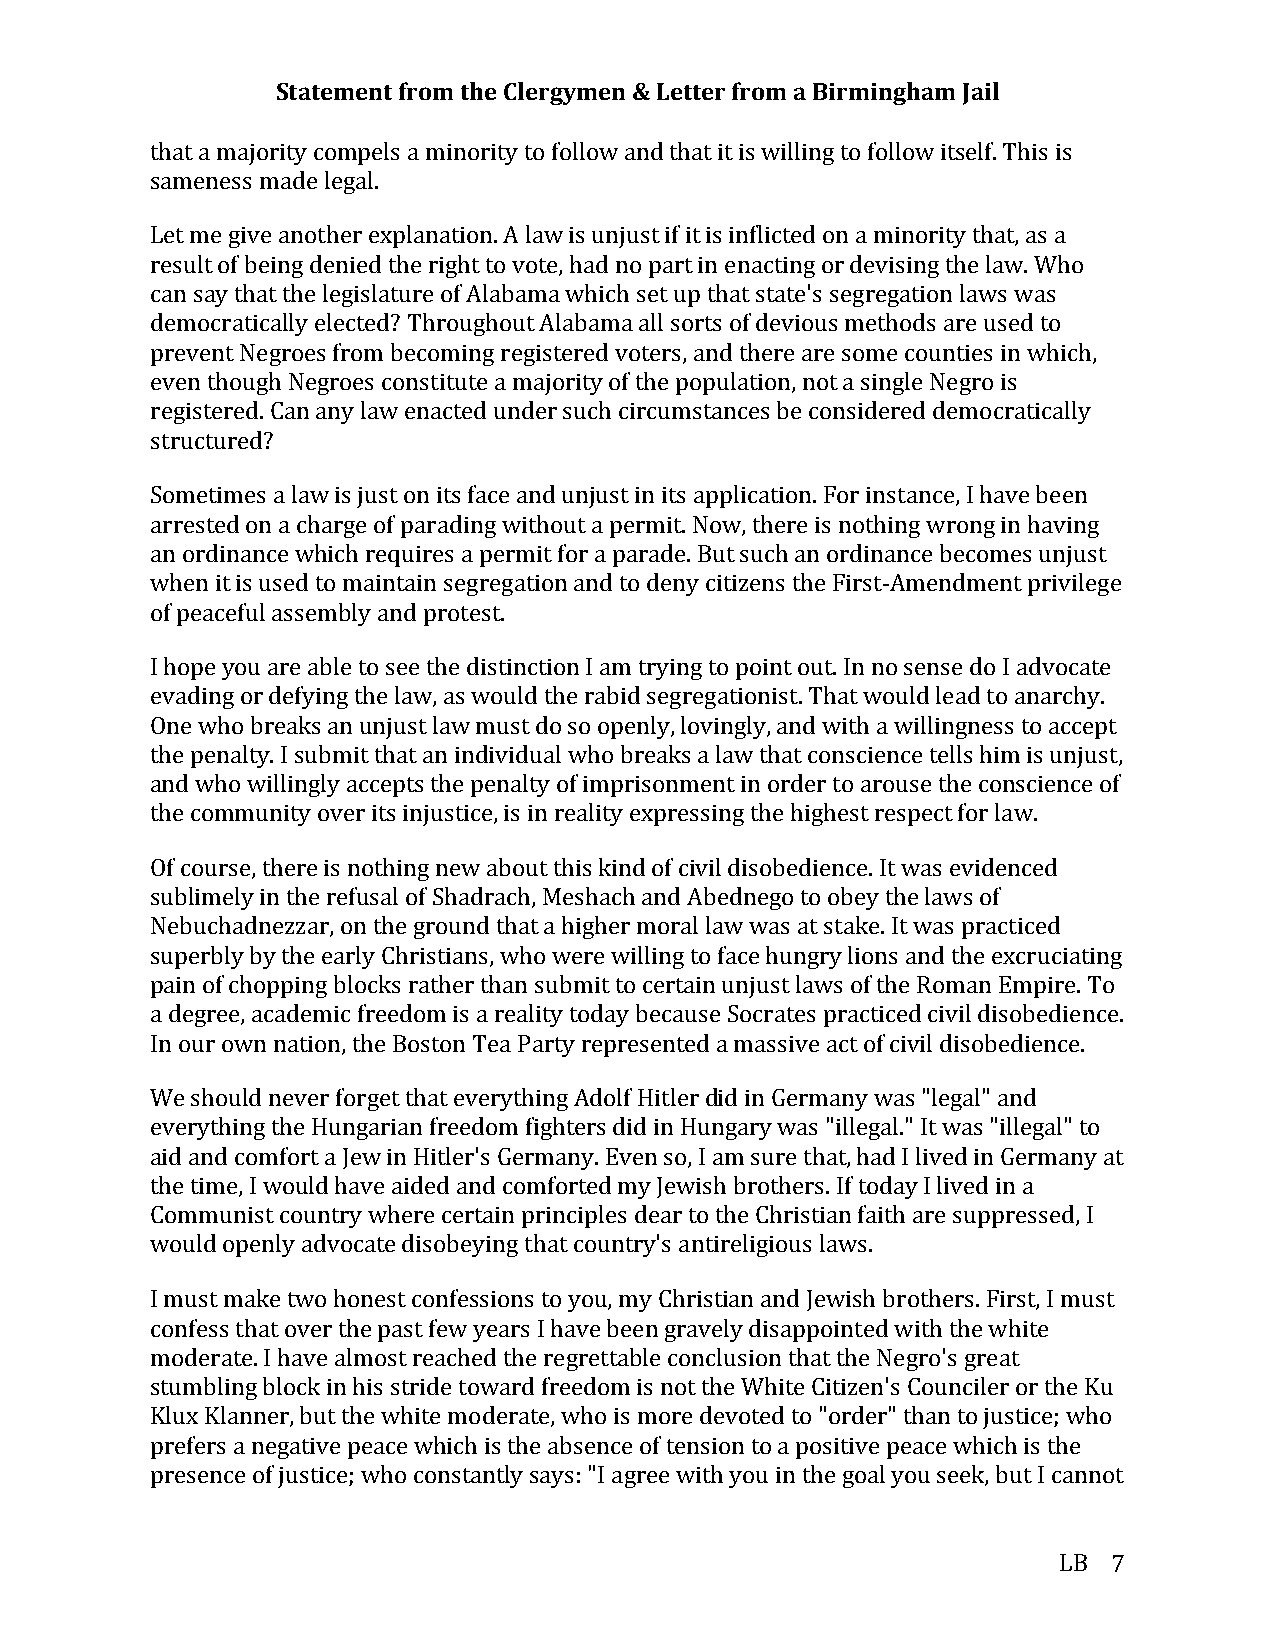
Statement from the Clergymen & Letter from a Birmingham Jail
 that a majority compels a minority to follow and that it is willing to follow itself. This is
 sameness made legal.
 Let me give another explanation. A law is unjust if it is inflicted on a minority that, as a
 result of being denied the right to vote, had no part in enacting or devising the law. Who
 can say that the legislature of Alabama which set up that state's segregation laws was
 democratically elected? Throughout Alabama all sorts of devious methods are used to
 prevent Negroes from becoming registered voters, and there are some counties in which,
 even though Negroes constitute a majority of the population, not a single Negro is
 registered. Can any law enacted under such circumstances be considered democratically
 structured?
 Sometimes a law is just on its face and unjust in its application. For instance, I have been
 arrested on a charge of parading without a permit. Now, there is nothing wrong in having
 an ordinance which requires a permit for a parade. But such an ordinance becomes unjust
 when it is used to maintain segregation and to deny citizens the First-­‐Amendment privilege
 of peaceful assembly and protest.
 I hope you are able to see the distinction I am trying to point out. In no sense do I advocate
 evading or defying the law, as would the rabid segregationist. That would lead to anarchy.
 One who breaks an unjust law must do so openly, lovingly, and with a willingness to accept
 the penalty. I submit that an individual who breaks a law that conscience tells him is unjust,
 and who willingly accepts the penalty of imprisonment in order to arouse the conscience of
 the community over its injustice, is in reality expressing the highest respect for law.
 Of course, there is nothing new about this kind of civil disobedience. It was evidenced
 sublimely in the refusal of Shadrach, Meshach and Abednego to obey the laws of
 Nebuchadnezzar, on the ground that a higher moral law was at stake. It was practiced
 superbly by the early Christians, who were willing to face hungry lions and the excruciating
 pain of chopping blocks rather than submit to certain unjust laws of the Roman Empire. To
 a degree, academic freedom is a reality today because Socrates practiced civil disobedience.
 In our own nation, the Boston Tea Party represented a massive act of civil disobedience.
 We should never forget that everything Adolf Hitler did in Germany was "legal" and
 everything the Hungarian freedom fighters did in Hungary was "illegal." It was "illegal" to
 aid and comfort a Jew in Hitler's Germany. Even so, I am sure that, had I lived in Germany at
 the time, I would have aided and comforted my Jewish brothers. If today I lived in a
 Communist country where certain principles dear to the Christian faith are suppressed, I
 would openly advocate disobeying that country's antireligious laws.
 I must make two honest confessions to you, my Christian and Jewish brothers. First, I must
 confess that over the past few years I have been gravely disappointed with the white
 moderate. I have almost reached the regrettable conclusion that the Negro's great
 stumbling block in his stride toward freedom is not the White Citizen's Counciler or the Ku
 Klux Klanner, but the white moderate, who is more devoted to "order" than to justice; who
 prefers a negative peace which is the absence of tension to a positive peace which is the
 presence of justice; who constantly says: "I agree with you in the goal you seek, but I cannot
 LB  7